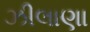
ઝીલાણા